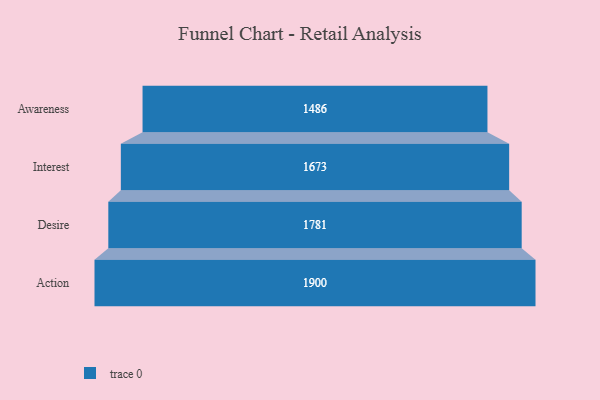
{"axis": {"x": "Stage", "y": "Value"}, "legend": [""], "data": [{"x": "Awareness", "y": 1486.0, "type": ""}, {"x": "Interest", "y": 1673.0, "type": ""}, {"x": "Desire", "y": 1781.0, "type": ""}, {"x": "Action", "y": 1900.0, "type": ""}]}